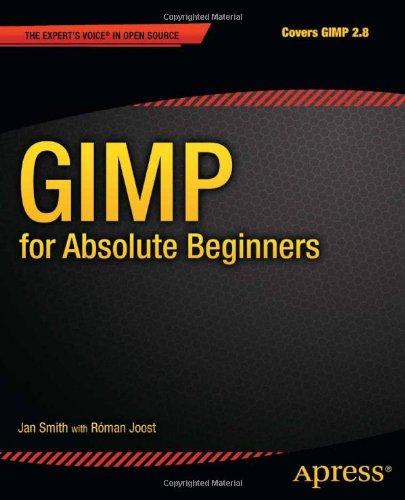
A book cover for GIMP for Absolute Beginners; Jan Smith; Computers & Technology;